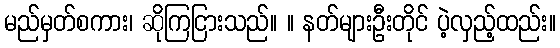
မည်မှတ်စကား၊ ဆိုကြငြားသည်။ ။ နတ်များဦးတိုင် ပဲ့လှည့်ထည်း။